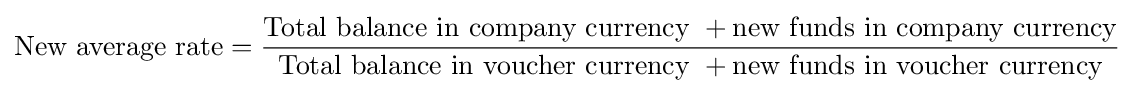
{\text{New average rate}}={\frac {{\text{Total balance in company currency }}+{\text{new funds in company currency}}}{{\text{Total balance in voucher currency }}+{\text{new funds in voucher currency}}}}